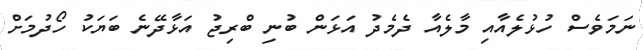
ނަމަވެސް ހުޅުލެއާއި މާލެއާ ދެމެދު އަޅަން ބުނި ބްރިޖު އަޅާދޭނެ ބަޔަކު ހޯދުމަށް